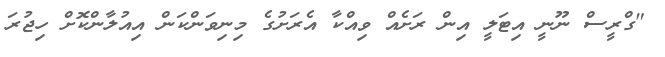
"ގްރީސް ނޫނީ އިޓަލީ އިން ރަށެއް ވިއްކާ އެރަށުގެ މިނިވަންކަން އިއުލާންކޮށް ހިޖުރަ